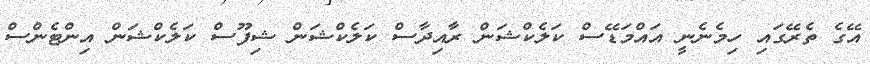
އޭގެ ތެރޭގައި ހިމެނެނީ އައްމަޑޭސް ކަލެކްޝަން ރާއިދާސް ކަލެކްޝަން ޝިފޫސް ކަލެކްޝަން އިންޓެންސް